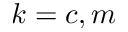
k = c , m